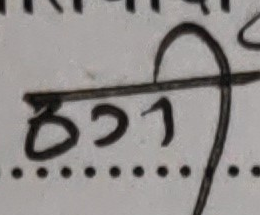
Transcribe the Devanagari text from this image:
उर्ती